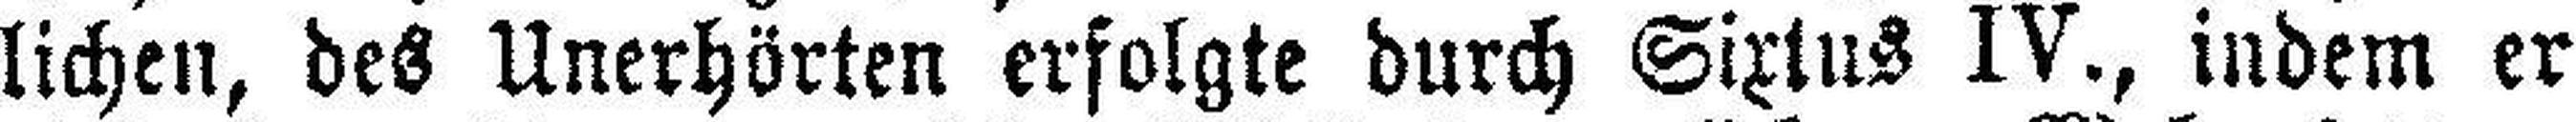
lichen, des Unerhörten erfolgte durch Sixtus IV., indem er